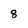
Character: 8